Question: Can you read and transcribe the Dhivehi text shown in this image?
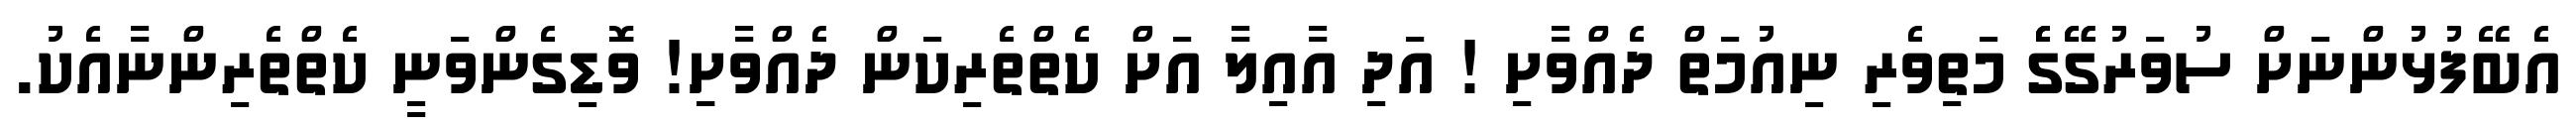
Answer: އެބޭފުޅުންނަށް ސުވަރުގޭޭގެެެެެ މަތިވެރި ނިއުމަތް ދެއްވާށި ! އަދި އާއިލާ އަށް ކެތްތެރިކަން ދެއްވާށިި! ވޮޑިގެންވަނީ ކެތްތެރިންނާއެކު.